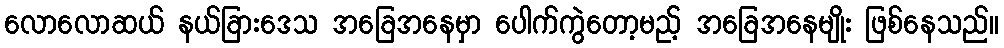
လောလောဆယ် နယ်ခြားဒေသ အခြေအနေမှာ ပေါက်ကွဲတော့မည့် အခြေအနေမျိုး ဖြစ်နေသည်။